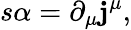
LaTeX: s\alpha=\partial_{\mu}\mathbf{j}^{\mu},